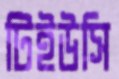
টিইউসি